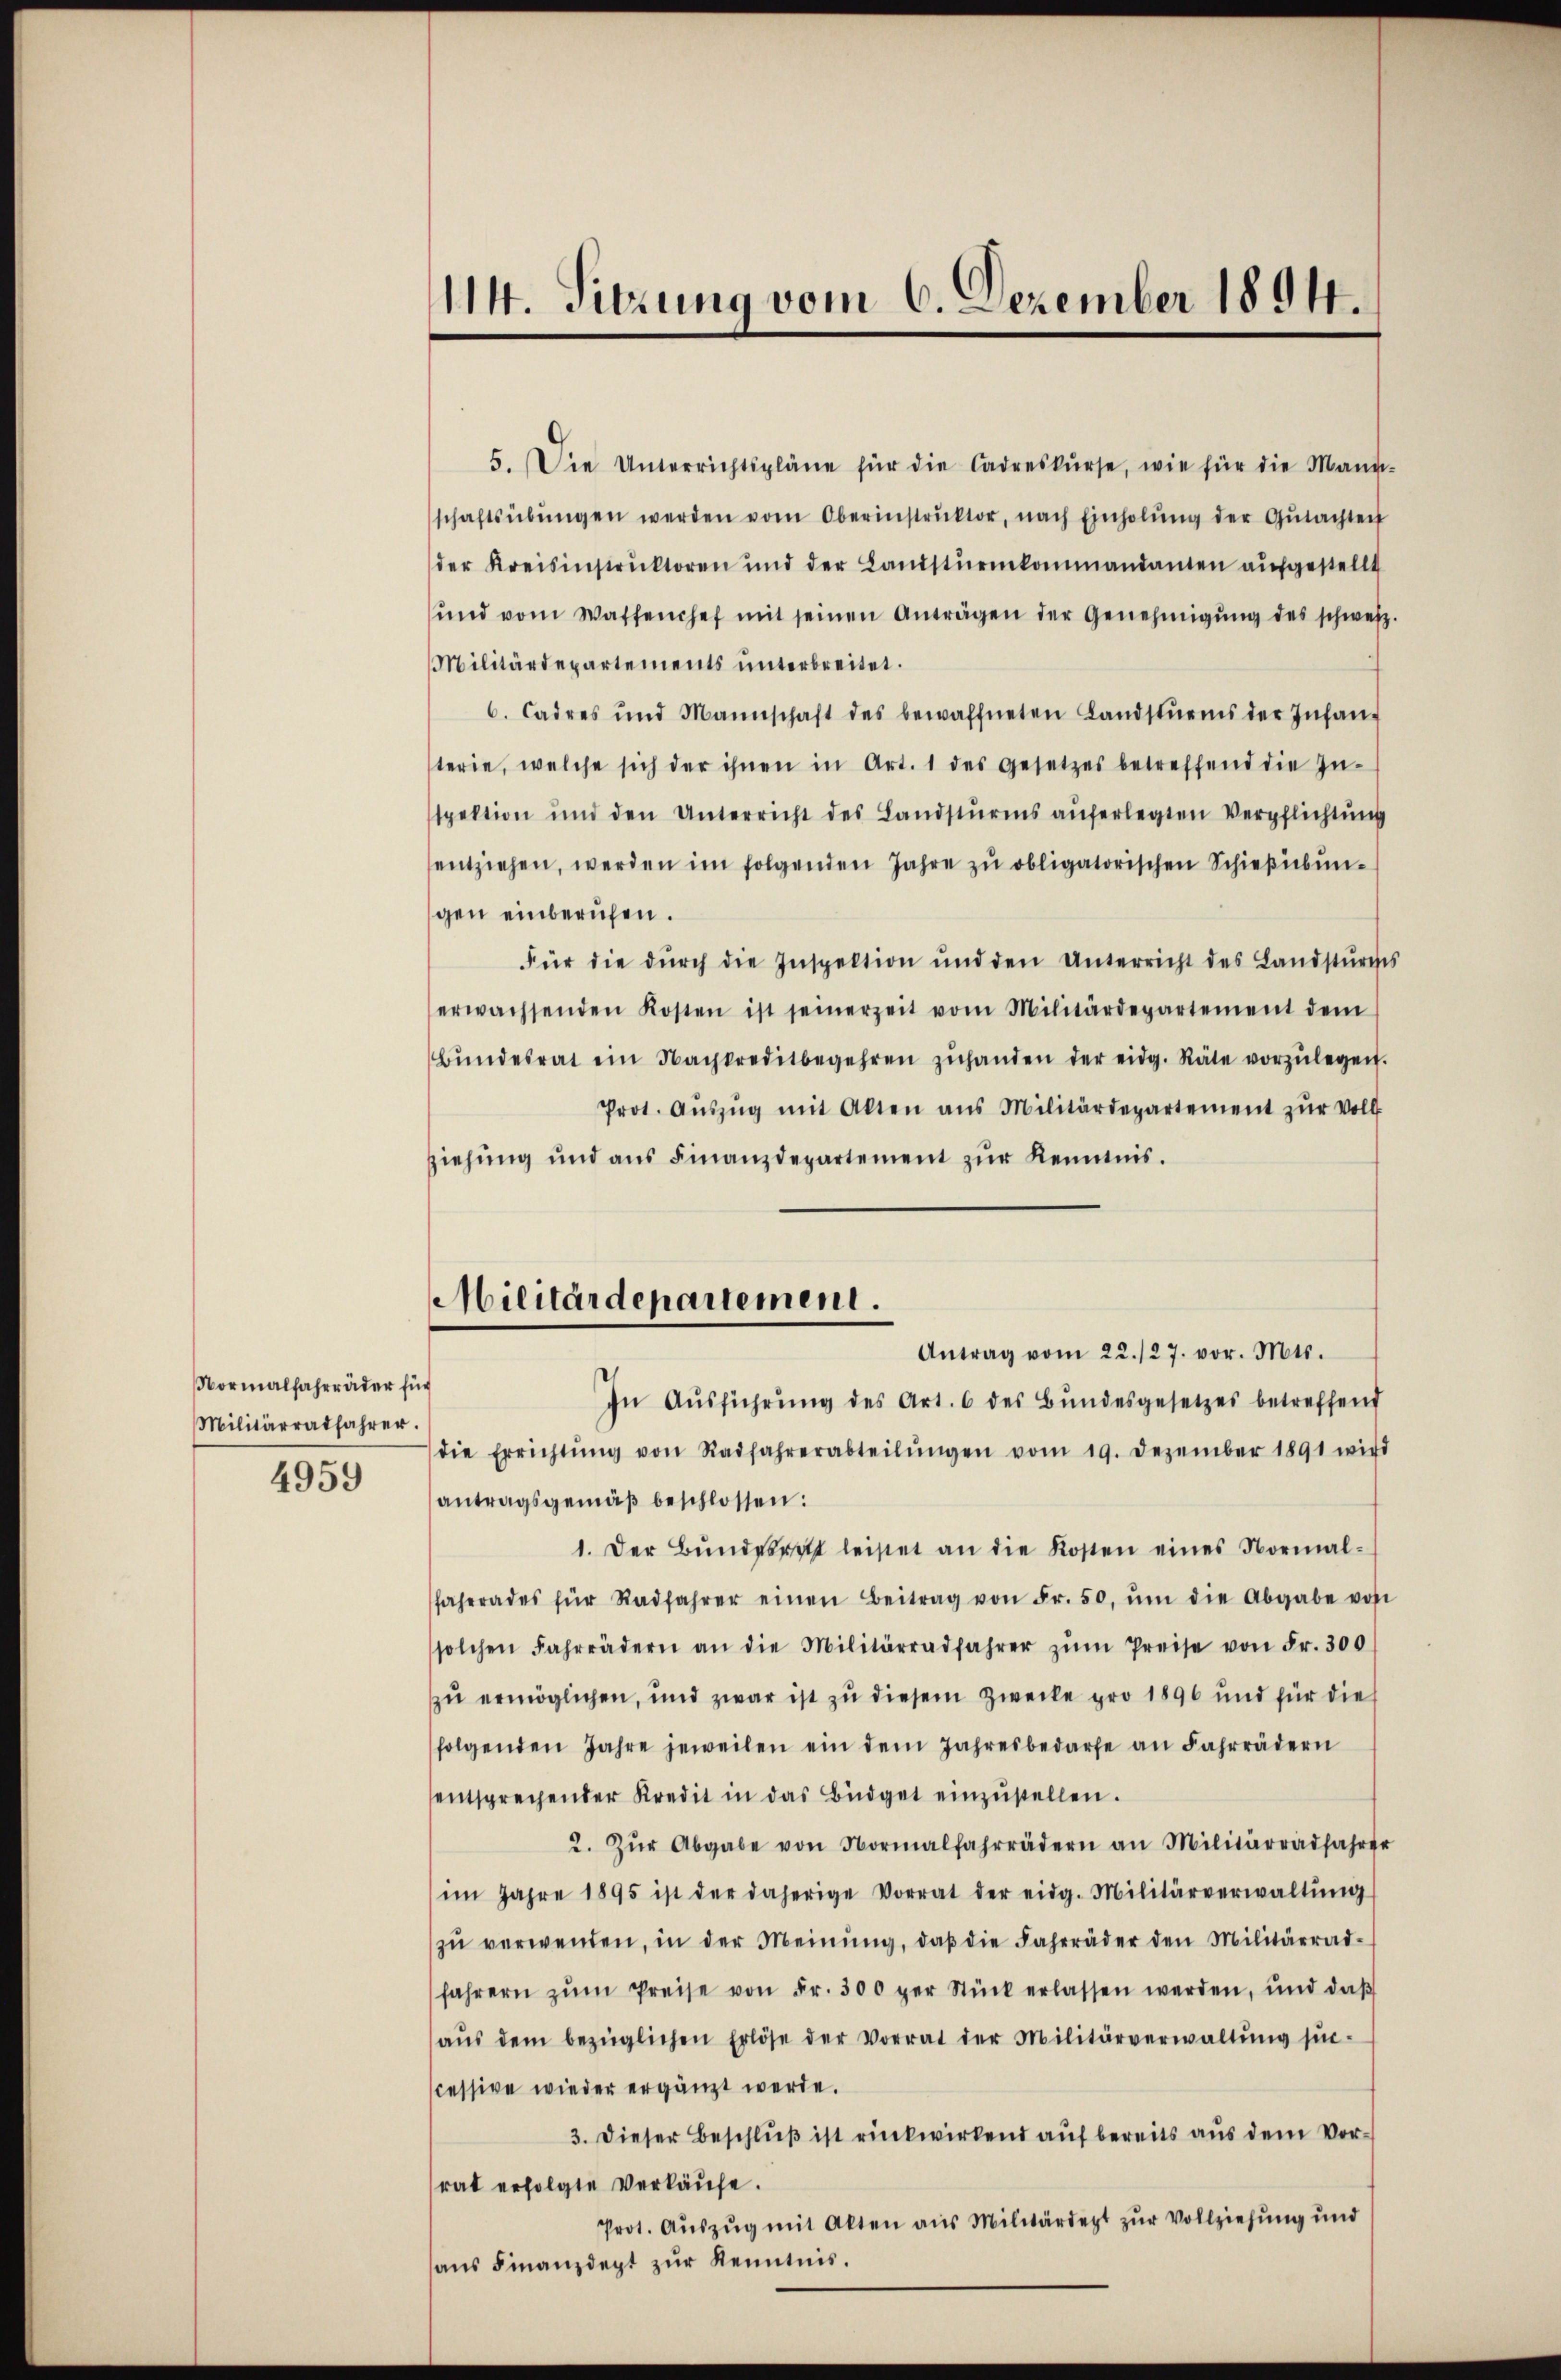
Normalfahrräder für
Militärratfahrer.
4959

114. Sitzung vom 6. Dezember 1894.

Militärdepartement.

5. Die Unterrichtspläne für die Cadreskŭrse, wie für die Mann-
schaftsübŭngen werden vom Oberinstrŭktor, nach Einholŭng der Gŭtachteif
der Kreisinstruktoren und der Landstŭrmkommandanten aŭfgestellt
ŭnd vom Waffenchef mit seinen Anträgen der Genehmigŭng des schweiz.
Militärdepartements ŭnterbreitet.
6. Cadres und Mannschaft des bewaffneten Landsturms der Infang
terie, welche sich der ihnen in Art. 1 des Gesetzes betreffend die In-
spektion und den Unterricht des Landsturms auferlegten Verpflichtŭng
entziehen, werden im folgenden Jahre zŭ obligatorischen Schießübungen einberufen.
Für die dŭrch die Inspektion und den Unterricht des Landstürches
erwachsenden Kosten ist seinerzeit vom Militärdepartement dem
Bŭndesrat ein Nachkreditbegehren zŭhanden der eidg. Räte vorzŭlegen.
Prot. Aŭszŭg mit Alten ans Militärdepartement zŭr Voll
Ziehŭng und aŭs Finanzdepartement zŭr Kenntnis.
Antrag vom 22./27. vor. Mts.
In Aŭsführŭng des Art. 6 des Bŭndesgesetzes betreffend
die Errichtŭng von Radfahrerabteilŭngen vom 19. Dezember 1891 wird
antragsgemäβ beschlossen:
1. Der Bŭndesrat leistet an die Kosten eines Normal-
fahrrades für Radfahrer einen Beitrag von Fr. 50, ŭm die Abgabe von
solchen Fahrrädern an die Militärradfahrer zŭm Preise von Fr. 300
zu ermöglichen, und zwar ist zu diesem Zwecke pro 1896 und für die
folgenden Jahre jeweilen ein dem Jahresbedarfe an Fahrrädern
entsprechender Kredit in das Büdget einzŭstellen.
2. Zŭr Abgabe von Normalfahrrädern an Militärradfahrer
im Jahre 1895 ist der daherige Vorrat der eidg. Militärverwaltŭng
zŭ verwenden, in der Meinŭng, daβ die Fahrräder den Militärrad-
fahrern zŭm Preise von Fr. 300 per Stück erlassen werden, und daβ
aŭs dem bezüglichen Erlöse der Vorrat der Militärverwaltŭng suc-
cessive wieder ergänzt werde.
3. Dieser Beschluß ist rückwirkend auf bereits aus dem Vorrat erfolgte Verkäufe.
Prot. Aŭszŭg mit Akten aus Militärdert zur Vollziehung und
ans Finanzdept zŭr Kenntnis.